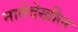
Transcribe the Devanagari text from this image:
नातेदेखील